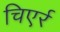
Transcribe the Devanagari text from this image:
चिएर्र